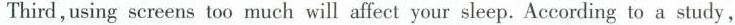
Third ,using screens too much will affect your sleep. According to a study